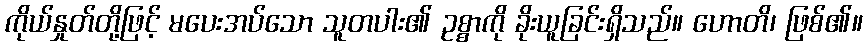
ကိုယ်နှုတ်တို့ဖြင့် မပေးအပ်သော သူတပါး၏ ဥစ္စာကို ခိုးယူခြင်းရှိသည်။ ဟောတိ၊ ဖြစ်၏။